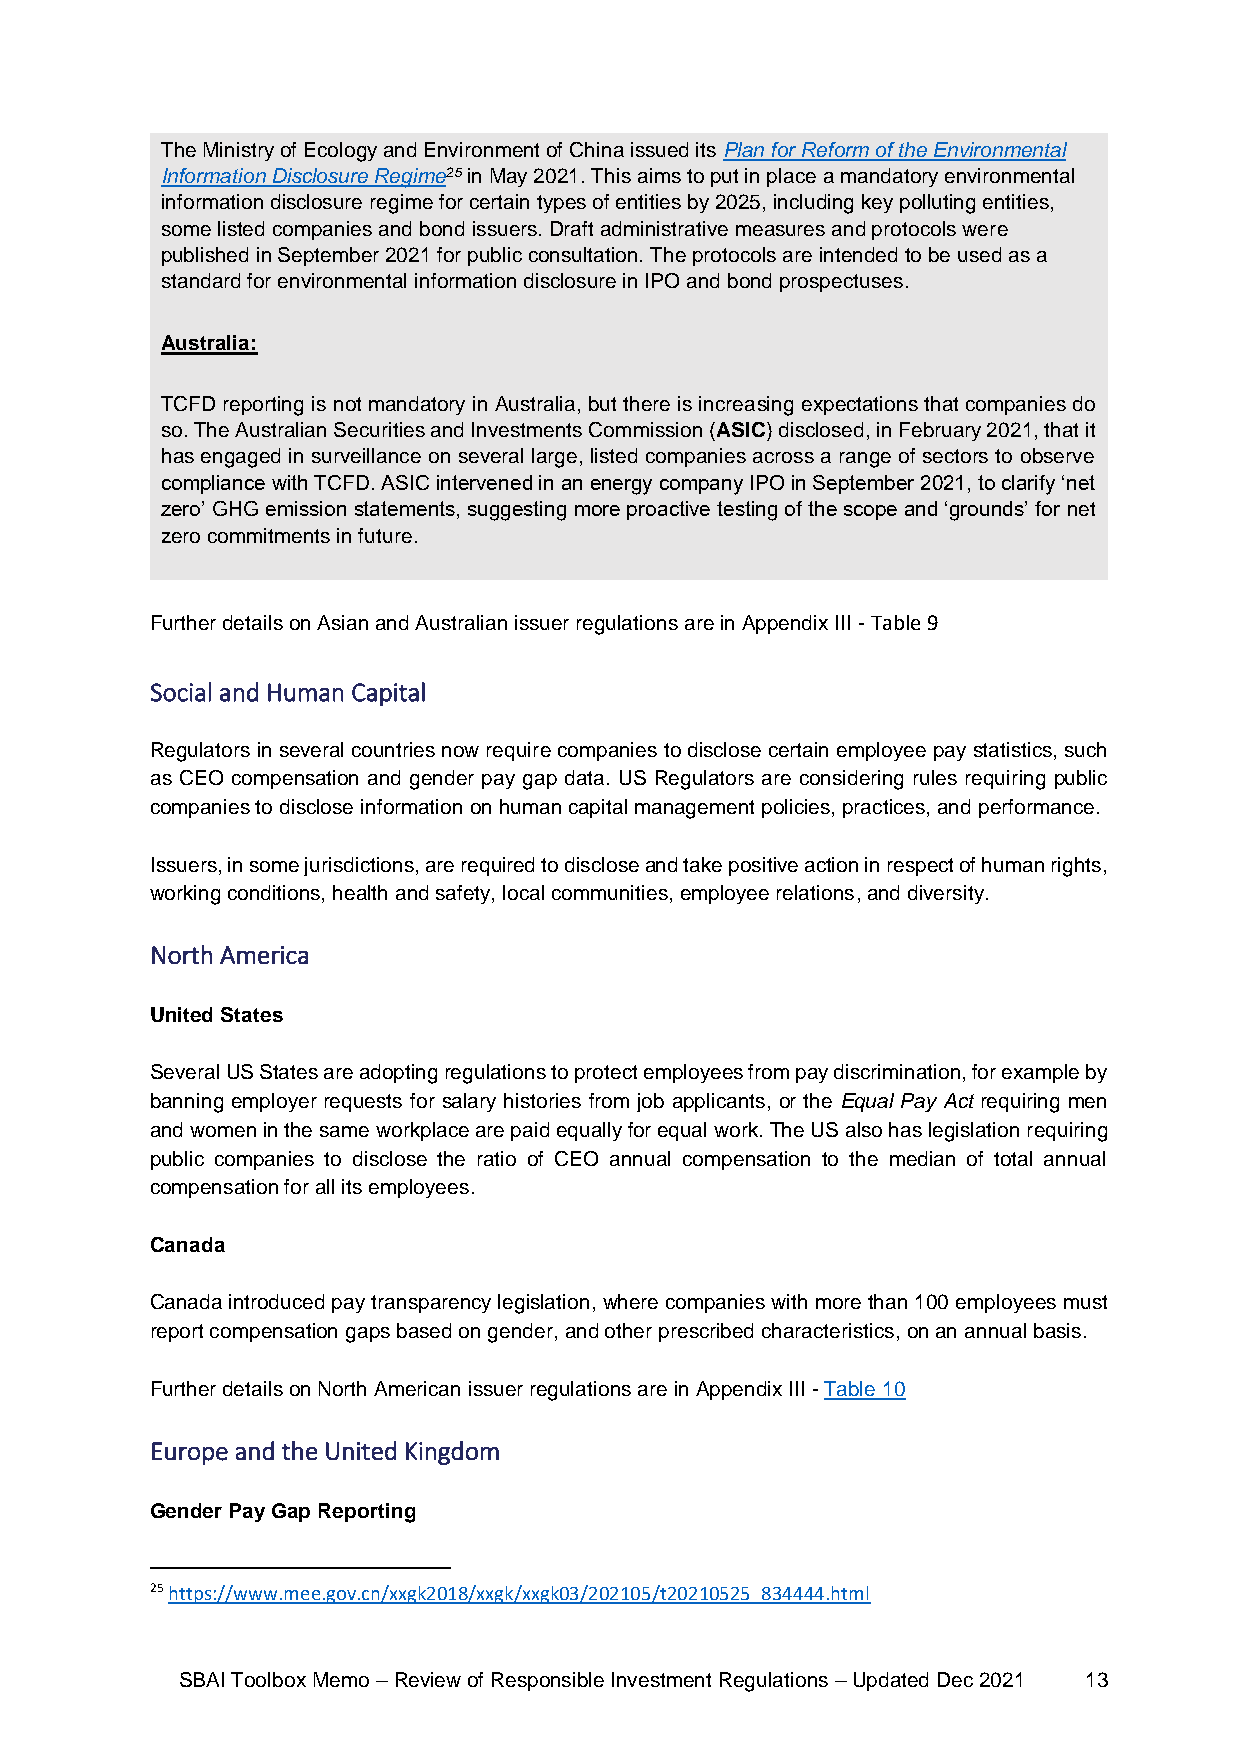
The Ministry of Ecology and Environment of China issued its Plan for Reform of the Environmental
 Information Disclosure Regime25 in May 2021. This aims to put in place a mandatory environmental
 information disclosure regime for certain types of entities by 2025, including key polluting entities,
 some listed companies and bond issuers. Draft administrative measures and protocols were
 published in September 2021 for public consultation. The protocols are intended to be used as a
 standard for environmental information disclosure in IPO and bond prospectuses.
 Australia:
 TCFD reporting is not mandatory in Australia, but there is increasing expectations that companies do
 so. The Australian Securities and Investments Commission (ASIC) disclosed, in February 2021, that it
 has engaged in surveillance on several large, listed companies across a range of sectors to observe
 compliance with TCFD. ASIC intervened in an energy company IPO in September 2021, to clarify ‘net
 zero’ GHG emission statements, suggesting more proactive testing of the scope and ‘grounds’ for net
 zero commitments in future.
 Further details on Asian and Australian issuer regulations are in Appendix III - Table 9
 Social and Human Capital
 Regulators in several countries now require companies to disclose certain employee pay statistics, such
 as CEO compensation and gender pay gap data. US Regulators are considering rules requiring public
 companies to disclose information on human capital management policies, practices, and performance.
 Issuers, in some jurisdictions, are required to disclose and take positive action in respect of human rights,
 working conditions, health and safety, local communities, employee relations, and diversity.
 North America
 United States
 Several US States are adopting regulations to protect employees from pay discrimination, for example by
 banning employer requests for salary histories from job applicants, or the Equal Pay Act requiring men
 and women in the same workplace are paid equally for equal work. The US also has legislation requiring
 public companies to disclose the ratio of CEO annual compensation to the median of total annual
 compensation for all its employees.
 Canada
 Canada introduced pay transparency legislation, where companies with more than 100 employees must
 report compensation gaps based on gender, and other prescribed characteristics, on an annual basis.
 Further details on North American issuer regulations are in Appendix III - Table 10
 Europe and the United Kingdom
 Gender Pay Gap Reporting
 25 https://www.mee.gov.cn/xxgk2018/xxgk/xxgk03/202105/t20210525_834444.html
 SBAI Toolbox Memo – Review of Responsible Investment Regulations – Updated Dec 2021 13